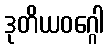
ဒုတိယဝဂ္ဂေါ